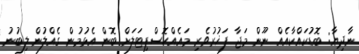
ނާދިޔާ: ބޮޑުކައްކާއެއް ނޫން މަޖާ ފަޚުރުވެރި މައެއްހޮސްޕިޓަލަށް ބޮން އެޅުމުން ގެއްލުން ލިބުނު